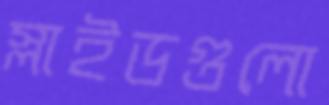
স্লাইডগুলো